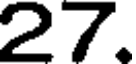
27.